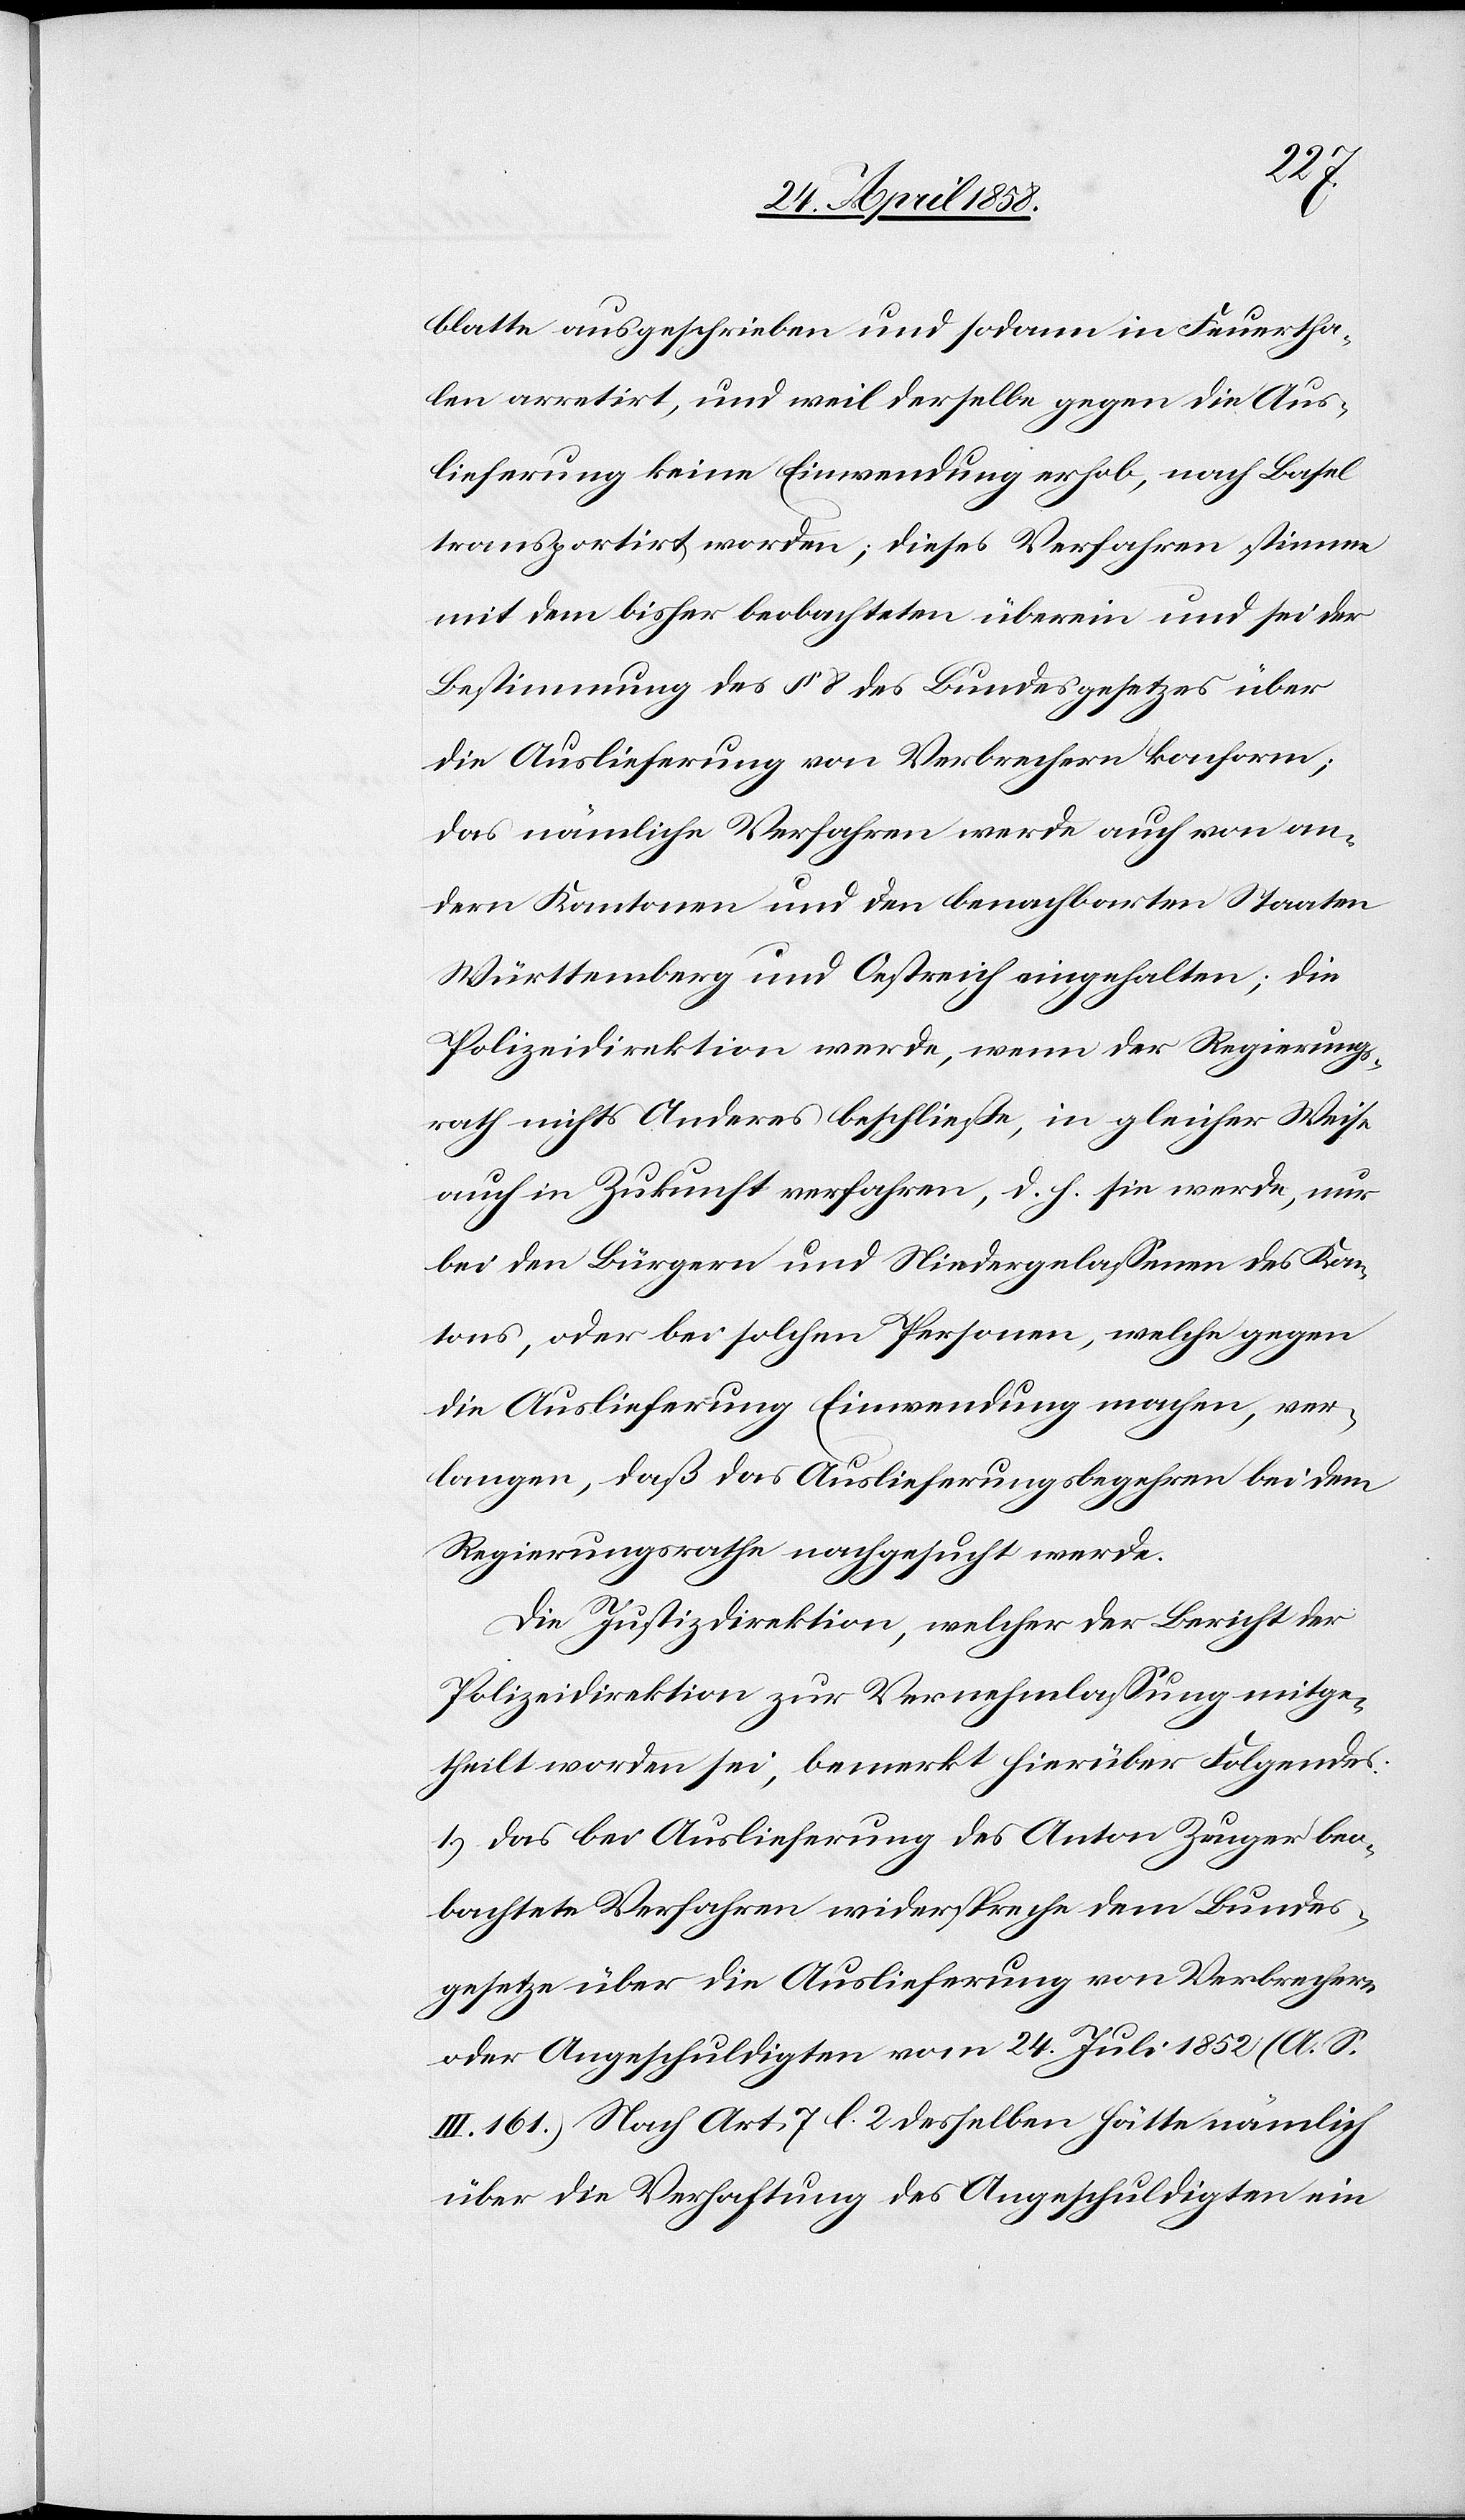
blatte ausgeschrieben und sodann in Feuertha¬
len arretirt, und weil derselbe gegen die Aus¬
lieferung keine Einwendung erhob, nach Basel
transportirt worden; dieses Verfahren stimme
mit dem bisher beobachteten überein und sei der
Bestimmung des § 8 des Bundesgesetzes über
die Auslieferung von Verbrechern konform;
das nämliche Verfahren werde auch von an¬
dern Kantonen und den benachbarten Staaten
Württemberg und Oestreich eingehalten; die
Polizeidirektion werde, wenn der Regierungs¬
rath nichts Anderes beschließe, in gleicher Weise
auch in Zukunft verfahren, d. h. sie werde, nur
bei den Bürgern und Niedergelassenen des Kan¬
tons, oder bei solchen Personen, welche gegen
die Auslieferung Einwendung machen, ver¬
langen, daß das Auslieferungsbegehren bei dem
Regierungsrathe nachgesucht werde.
Die Justizdirektion, welcher der Bericht der
Polizeidirektion zur Vernehmlassung mitge¬
theilt worden sei, bemerkt hierüber Folgendes:
1. Das bei Auslieferung des Anton Zeuger beo¬
bachtete Verfahren widerspreche dem Bundes¬
gesetze über die Auslieferung von Verbrechern
oder Angeschuldigten vom 24. Juli 1852 (A. S.
III. 161) Nach Art. 7 l. 2 desselben hätte nämlich
über die Verhaftung des Angeschuldigten ein